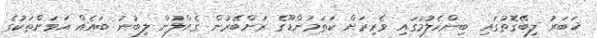
ޚަބަރު ލިބޭގޮތުގައި ބިންހެލުމުގައި ވެރިރަށް ކަތަމަންޑޫގެ ރަށްބޭރުން ގެއްލުން ލިބުނު ބައެއް އަވަށްތަކުގެ